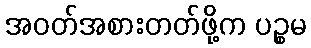
အဝတ်အစားတတ်ဖို့က ပဉ္စမ